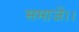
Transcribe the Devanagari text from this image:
समाजें।।